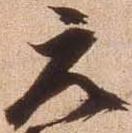
元